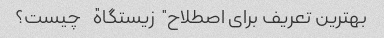
بهترین تعریف برای اصطلاح "زیستگاه" چیست؟